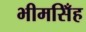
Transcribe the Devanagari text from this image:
भीमसिँह